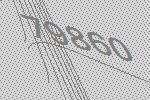
79860